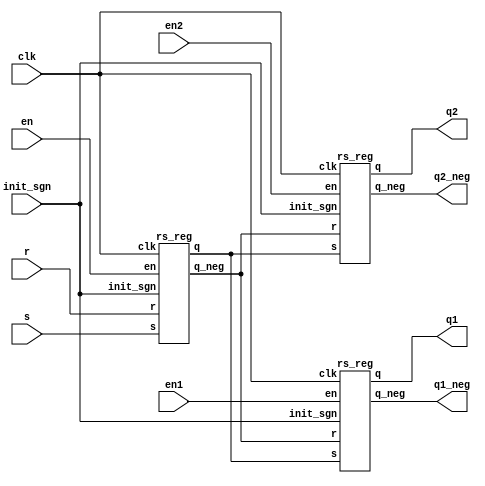
module box1(en,en1,en2,clk,s,r,q1,q1_neg,q2,q2_neg,init_sgn);
    input en, en1, en2, clk, init_sgn;
    input [7:0] s, r;
    output [7:0] q1, q1_neg, q2, q2_neg;
    wire [7:0] q1, q1_neg, q2, q2_neg;
    wire [7:0] sgn1, sgn1_neg;
    rs_reg reg1(en,clk,s,r,sgn1,sgn1_neg,init_sgn);
    rs_reg reg2(en1,clk,sgn1,sgn1_neg,q1,q1_neg,init_sgn);
    rs_reg reg3(en2,clk,sgn1,sgn1_neg,q2,q2_neg,init_sgn);
endmodule
module rs_reg(en,clk,s,r,q,q_neg,init_sgn);
    integer i = 0;
    parameter init_val = 8'b1;
    parameter init_val_neg = 8'b0;
    input en, clk, init_sgn;
    input [7:0] s, r;
    output [7:0] q, q_neg;
    reg [7:0] q, q_neg;
    initial begin
       q <= init_val;
       q_neg <= init_val_neg;
    end
    always @(posedge clk) begin
       if(init_sgn) begin
           q <= init_val;
           q_neg <= init_val_neg;
       end
       else if(en) begin
          for(i = 0; i < 7; i=i+1) begin
             if (r[i] == 0 & s[i] == 1) begin
                 q[i] <= 1;
                 q_neg <= 0;
             end
             else if(r[i] == 1 & s[i] == 0) begin 
                 q[i] <= 0;
                 q_neg <= 1;
             end
             else if(r[i] == 1 & s[i] == 1)
             $display("Hazard, r and s can't be 1 in the same time");
          end
       end 
    end
endmodule